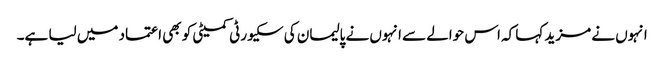
انہوں نے مزید کہا کہ اس حوالے سے انہوں نے پالیمان کی سکیورٹی کمیٹی کو بھی اعتماد میں لیا ہے۔